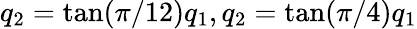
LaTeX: q_{2}=\tan(\pi/12)q_{1},q_{2}=\tan(\pi/4)q_{1}